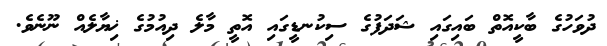
ދުވަހުގެ ބާކީއޮތް ބައިގައި ޝަދަފުގެ ސިކުނޑީގައި އޮތީ މާލެ ދިއުމުގެ ޚިޔާލެއް ނޫނެވެ.